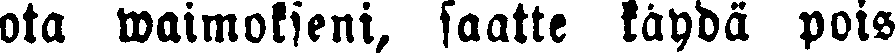
ota waimokseni, saatte käydä pois